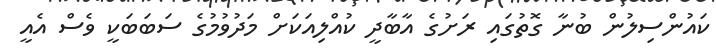
ކައުންސިލުން ބުނާ ގޮތުގައި ރަށުގެ އާބާދީ ކުއްލިއަކަށް މަދުވުމުގެ ސަބަބަކީ ވެސް އެއީ